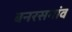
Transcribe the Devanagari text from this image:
बनरसगांव